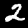
Digit: 2